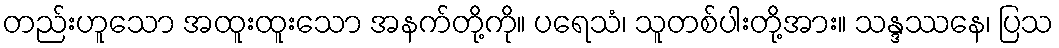
တည်းဟူသော အထူးထူးသော အနက်တို့ကို။ ပရေသံ၊ သူတစ်ပါးတို့အား။ သန္ဒဿနေ၊ ပြသ